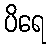
ပိရေ